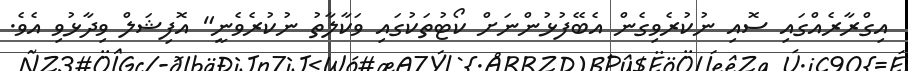
އިގްރާރެއްގައި ސޮއި ނުކުރެވިގެން އެބޭފުޅުންނަށް ކޯޓުތަކުގައި ވަކާލާތު ނުކުރެވެނީ" އޮފިޝަލް ވިދާޅުވި އެވެ.